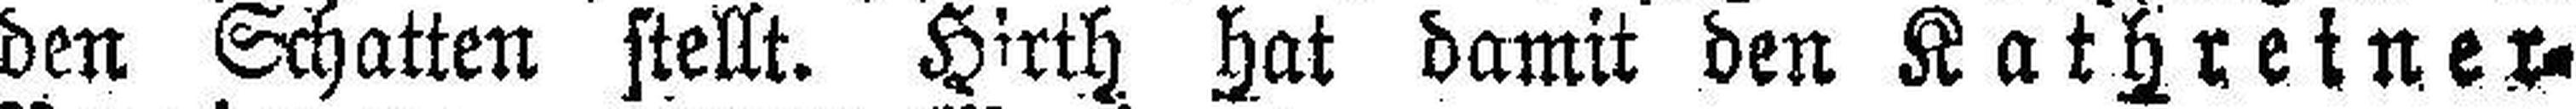
den Schatten stellt. Hirth hat damit den Kathreiner=